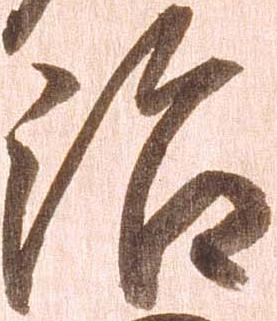
治